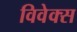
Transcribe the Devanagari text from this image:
विवेक्स